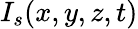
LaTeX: I_{s}(x,y,z,t)